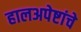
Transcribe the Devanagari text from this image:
हालअपेष्टांचे